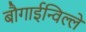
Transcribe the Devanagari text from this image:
बौगाईन्विल्ले